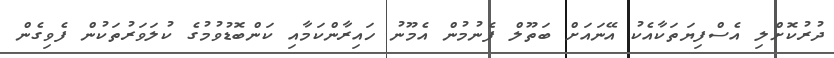
ދުރުކޮށްލި އެސްފިޔަތަކާއެކު އޭނައަށް ބަތޫލް ފެނުމުން އެމޫނު ހައިރާންކަމާއި ކަންބޮޑުވުމުގެ ކުލަވަރުތަކުން ފެވިގެން